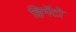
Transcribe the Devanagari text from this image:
हिमॅटो